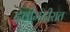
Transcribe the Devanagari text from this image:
देवीमंदीरात